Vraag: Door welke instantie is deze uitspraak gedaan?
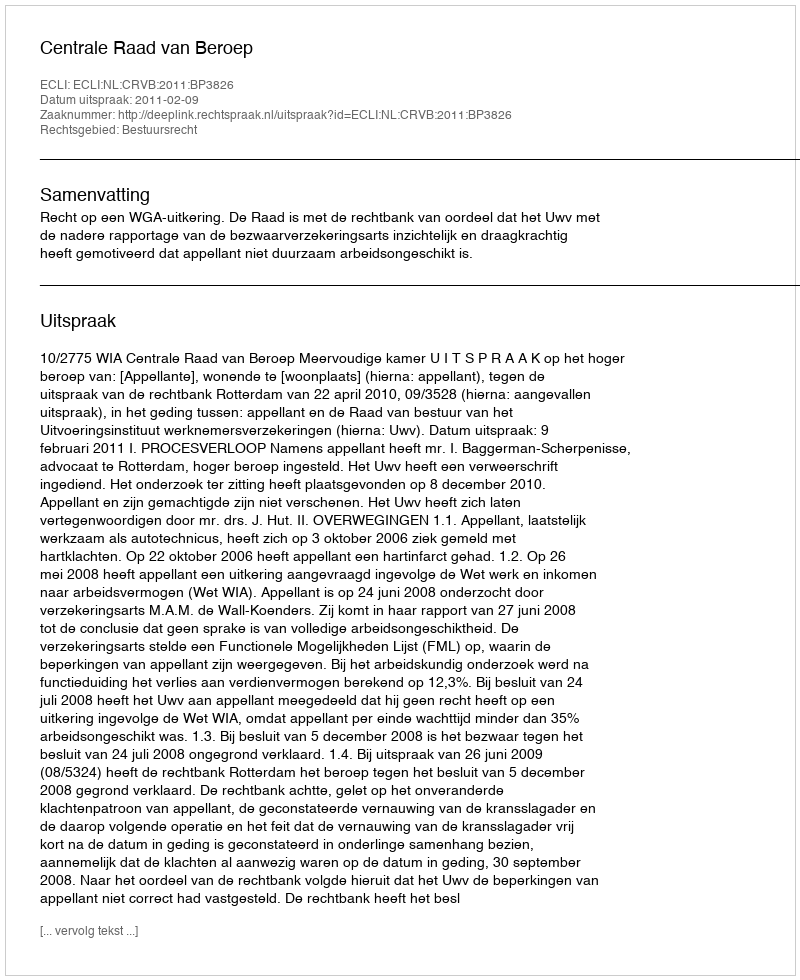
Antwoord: Centrale Raad van Beroep